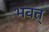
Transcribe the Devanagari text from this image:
भवत्